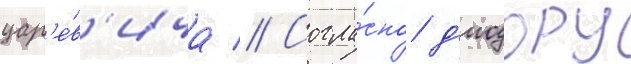
цар'е́в'ича // Согла́сно д'иодору